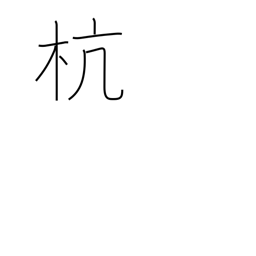
Meaning: picket